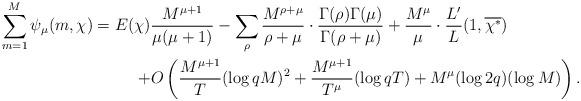
LaTeX: \begin{align*}\sum_{m=1}^M\psi_\mu(m,\chi)=E(\chi)&\frac{M^{\mu+1}}{\mu(\mu+1)}-\sum_\rho\frac{M^{\rho+\mu}}{\rho+\mu}\cdot\frac{\Gamma(\rho)\Gamma(\mu)}{\Gamma(\rho+\mu)}+\frac{M^\mu}{\mu}\cdot\frac{L'}{L}(1,\overline{\chi^\ast})\\+&O\left(\frac{M^{\mu+1}}{T}(\log qM)^2+\frac{M^{\mu+1}}{T^\mu}(\log qT)+M^\mu(\log2q)(\log M)\right).\end{align*}